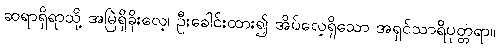
ဆရာရှိရာသို့ အမြဲရှိခိုးလေ့၊ ဦးခေါင်းထား၍ အိပ်လေ့ရှိသော အရှင်သာရိပုတ္တရာ။